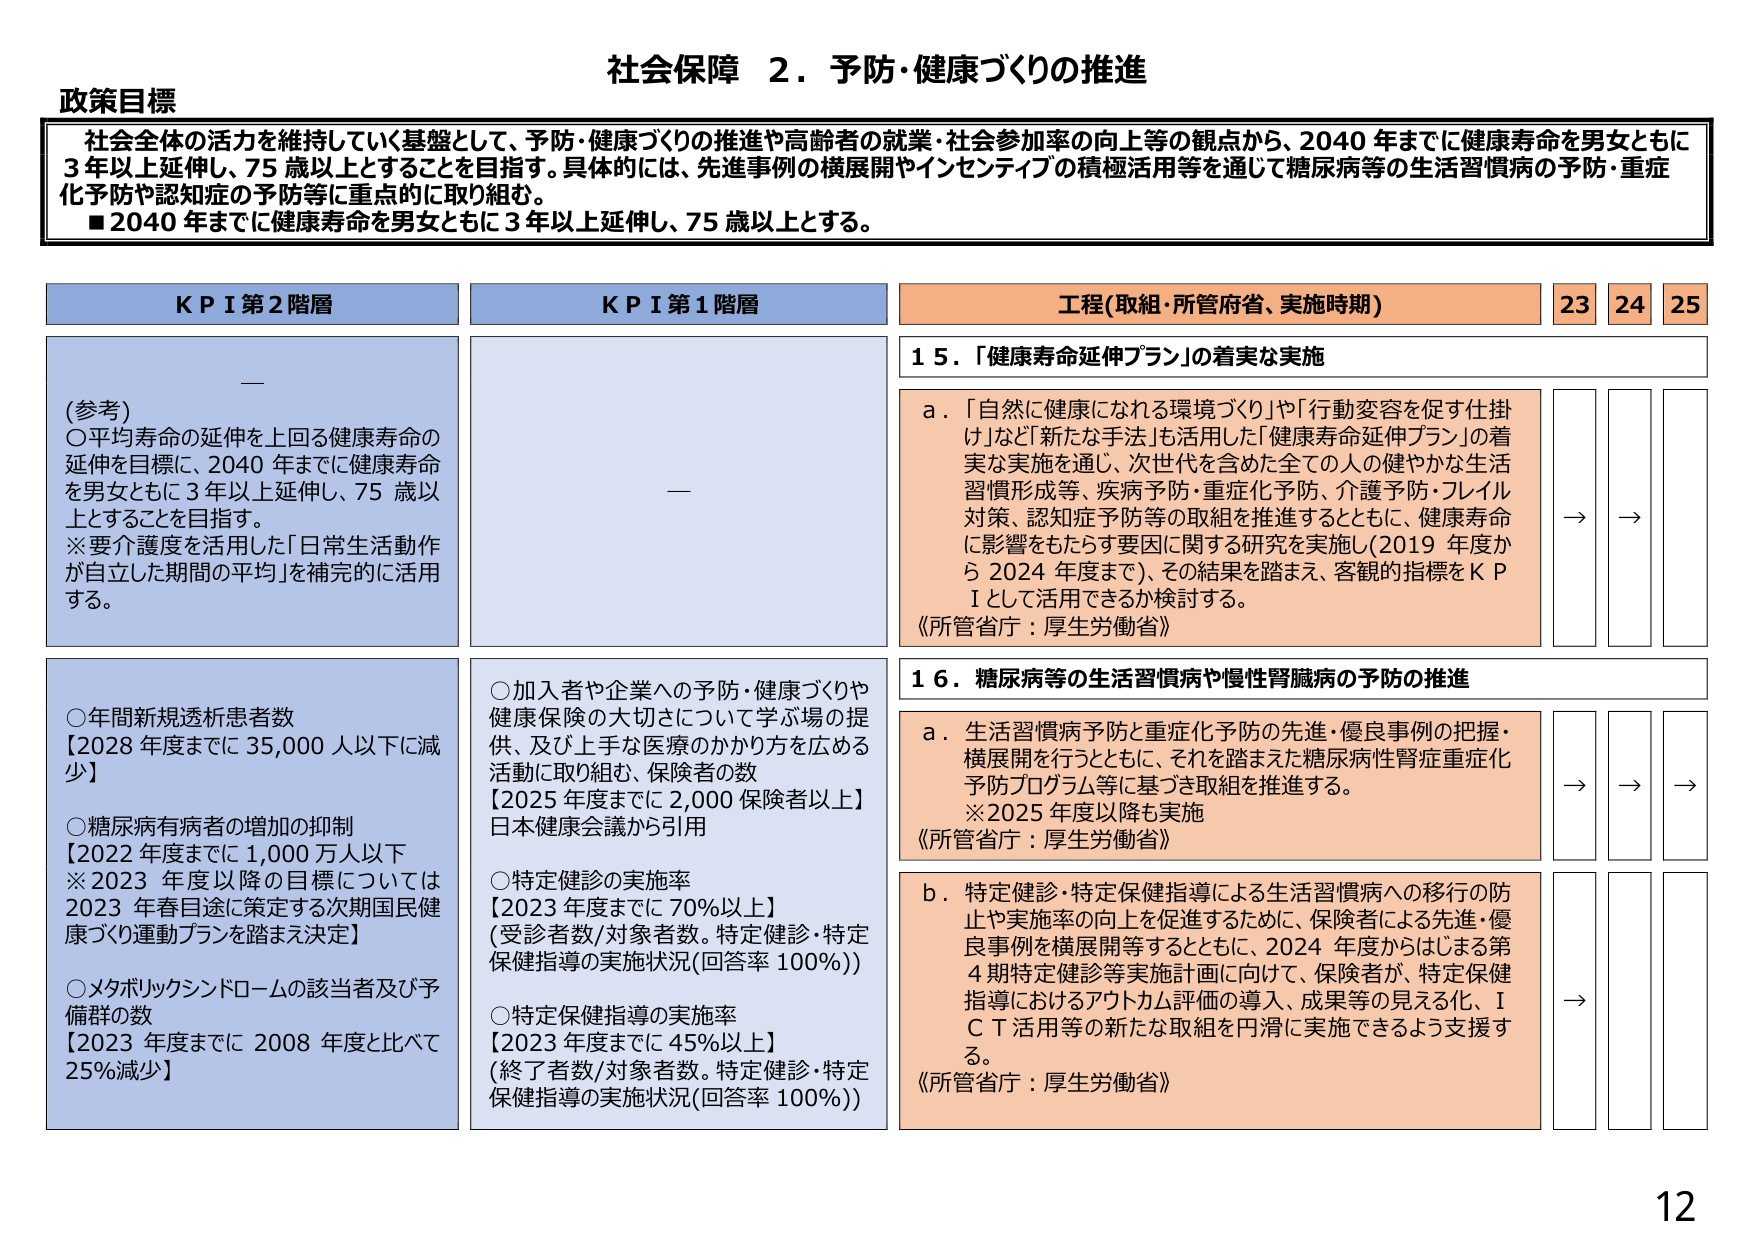
社会保障 ２．予防・健康づくりの推進

政策目標
社会全体の活力を維持していく基盤として、予防・健康づくりの推進や高齢者の就業・社会参加率の向上等の観点から、2040 年までに健康寿命を男女ともに 3 年以上延伸し、75 歳以上とすることを目指す。具体的には、先進事例の横展開やインセンティブの積極活用等を通じて糖尿病等の生活習慣病の予防・重症化予防や認知症の予防等に重点的に取り組む。
■ 2040 年までに健康寿命を男女ともに 3 年以上延伸し、75 歳以上とする。

KPI 第2 階層
（参考）
○平均寿命の延伸を上回る健康寿命の延伸を目標に、2040 年までに健康寿命を男女ともに 3 年以上延伸し、75 歳以上とすることを目指す。
※要介護度を活用した「日常生活活動作が自立した期間の平均」を補完的に活用する。

○年間新規透析患者数
【2028 年度までに 35,000 人以下に減少】

○糖尿病有病者の増加の抑制
【2022 年度までに 1,000 万人以下
※2023 年度以降の目標については 2023 年春目途に策定する次期国民健康づくり運動プランを踏まえ決定】

○メタボリックシンドロームの該当者及び予備群の数
【2023 年度までに 2008 年度と比べて 25%減少】

KPI 第1 階層
○加入者や企業への予防・健康づくりや健康保険の大切さについて学ぶ場の提供、及び上手な医療のかかり方を広める活動に取り組む、保険者の数
【2025 年度までに 2,000 保険者以上】
日本健康会議から引用

○特定健診の実施率
【2023 年度までに 70%以上】
（受診者数/対象者数。特定健診・特定保健指導の実施状況（回答率 100%））

○特定保健指導の実施率
【2023 年度までに 45%以上】
（終了者数/対象者数。特定健診・特定保健指導の実施状況（回答率 100%））

工程（取組・所管府省、実施時期） 23 24 25

15．「健康寿命延伸プラン」の着実な実施
a．「自然に健康になれる環境づくり」や「行動変容を促す仕掛け」など「新たな手法」も活用した「健康寿命延伸プラン」の着実な実施を通じ、次世代を含めた全ての人の健やかな生活習慣形成等、疾病予防・重症化予防、介護予防・フレイル対策、認知症予防等の取組を推進するとともに、健康寿命に影響をもたらす要因に関する研究を実施し（2019 年度から 2024 年度まで）、その結果を踏まえ、客観的指標を KPI として活用できるか検討する。
《所管省庁：厚生労働省》
→ →

16．糖尿病等の生活習慣病や慢性腎臓病の予防の推進
a．生活習慣病予防と重症化予防の先進・優良事例の把握・横展開を行うとともに、それを踏まえた糖尿病性腎症重症化予防プログラム等に基づき取組を推進する。
※2025 年度以降も実施
《所管省庁：厚生労働省》
→ → →

b．特定健診・特定保健指導による生活習慣病への移行の防止や実施率の向上を促進するために、保険者による先進・優良事例を横展開等するとともに、2024 年度からはじまる第4 期特定健診等実施計画に向けて、保険者が、特定保健指導におけるアウトカム評価の導入、成果等の見える化、ICT 活用等の新たな取組を円滑に実施できるよう支援する。
《所管省庁：厚生労働省》
→

12